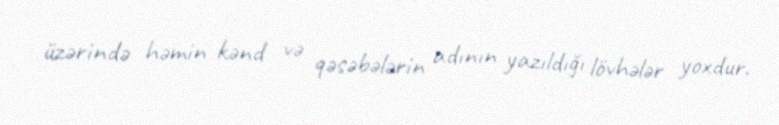
üzərində həmin kənd və qəsəbələrin adının yazıldığı lövhələr yoxdur.